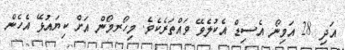
އަދި 28 އަމިނޯ އެސިޑް އެކުލެވޭ ވައްތަރެކެވެ. މިހޯރމޯން އަށް ކިޔައުޅޭ އެހެން